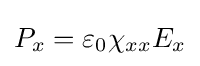
P_{x}=\varepsilon _{0}\chi _{xx}E_{x}